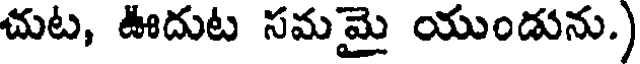
చుట, ఊదుట సమమై యుండును.)